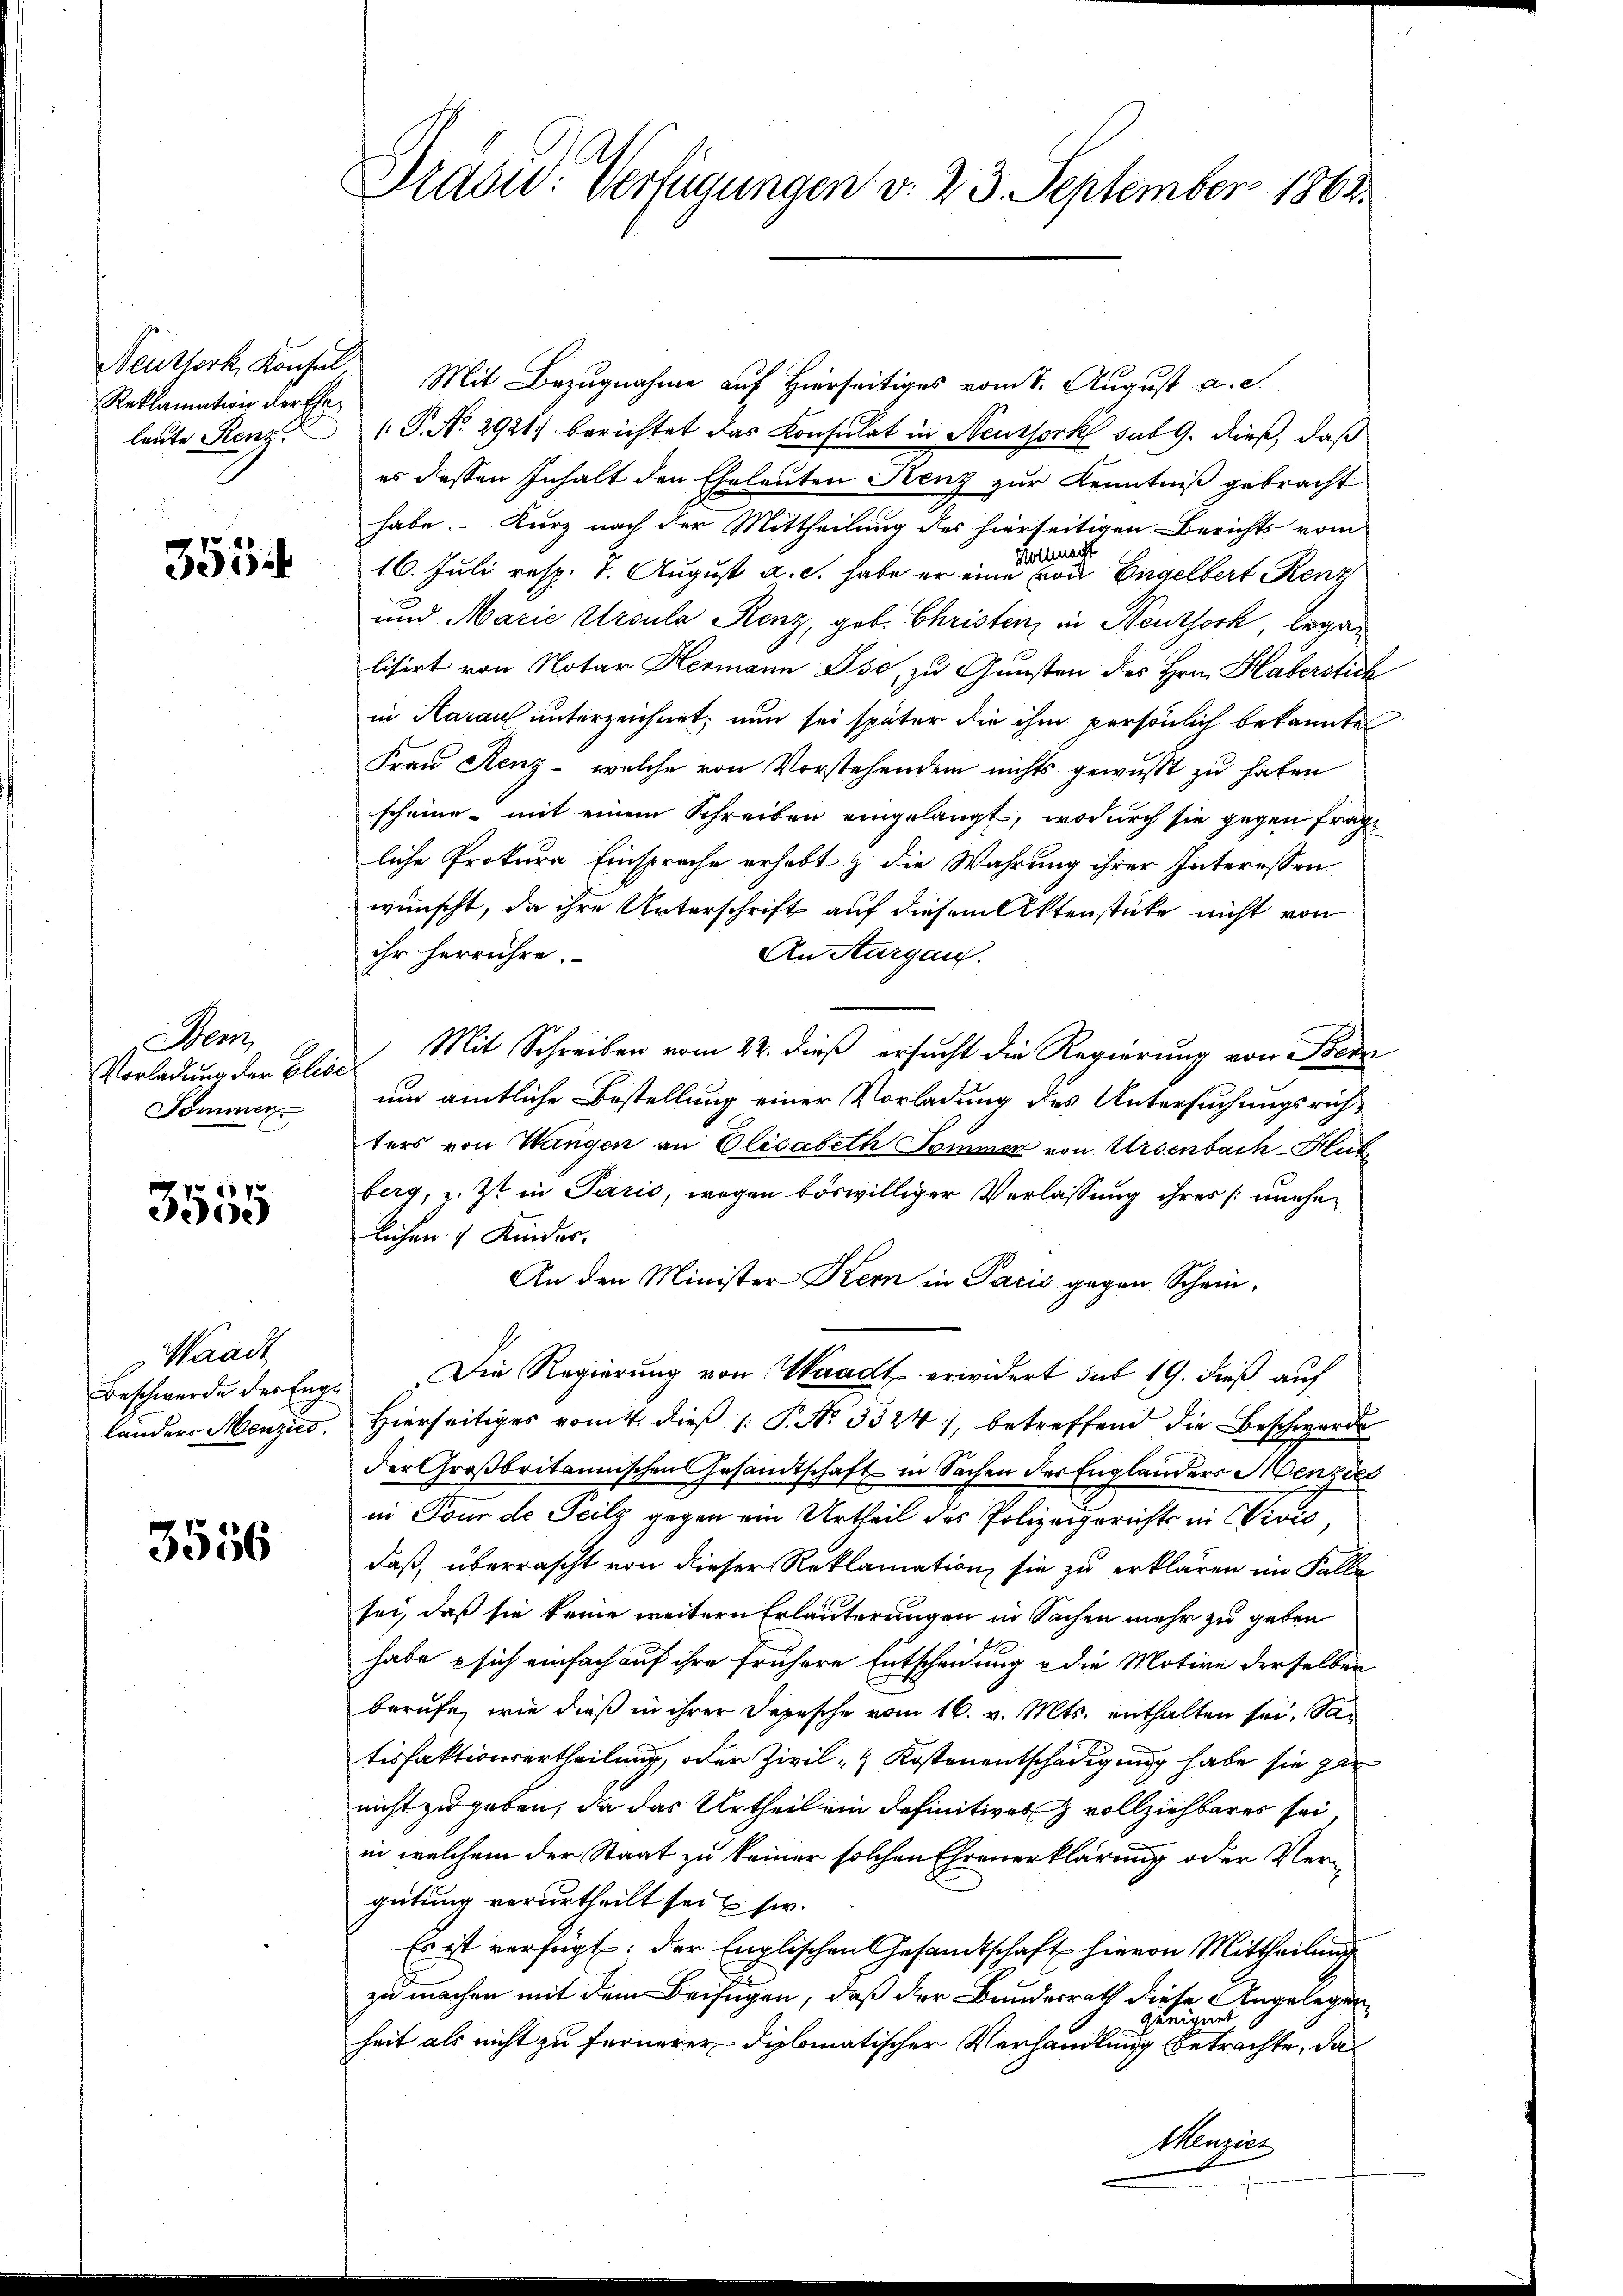
Reklamation der Eheleute Renz.

3554

Hen
Vorladung der Elise
Sommen

3555

Waadt

3556

Präsid. Verfügungen v. 23. September 1862.

Neuthork, Konsul, Mit Bezugnahme auf Hierseitiges vom 1. August a. c.
( P. No 2921) berichtet das Konsulat in Neussork sub 9. dieß, daß
es dessen Inhalt den Eheleuten Grenz zur Kenntniß gebracht
habe. – Kurz nach der Mittheilung des hierseitigen Berichts vom
act
Wollen
16. Juli resp. 1. August a. c. habe er eine Ewa Engelbert Renz
und Marie Ursula Renz, geb. Christenz in Neuthork, began
lisirt von Notar Hermann Pse, zu Gunsten des Hrn. Haberstich
in Harauf unterzeichnet; nun sei später die ihm persönlich bekannte
Frau Renz - welche von Vorstehendem nichts gewußt zu haben
scheine mit einem Schreiben eingelangt, wodurch sie gegen fragliche Prokura Einsprache erhebt & die Wahrung ihrer Interessen
wünscht, da ihre Unterschrift auf diesem Aktenstücke nicht von
ihr herrühre.
An Aargau.
Mit Schreiben vom 22. dieß ersucht die Regierung von Bern
um amtliche Bestellung einer Vorladung des Untersuchungsrichters von Wangen an Elisabeth Sommer von Ursenbach-Huk
berg, z. Zt. in Paris, wegen böswilliger Verlassung ihres unehelichen 4 Kinder.
An den Minister Kern in Paris gegen Schein¬
Beschwerde der Enge Die Regierung von Waadt erwidert sub 19. dieß auf
länders Menzico. Hierseitiges vom 4. dieβ (: P. Nr. 3324), betreffend die Beschwerde
der Großbritannischen Gesandtschaft in Sachen der Englanders Henzie
in Tour de Teilz gegen ein Urtheil des Polizeigerichts in Vicis
daß, überrascht von dieser Reklamation, sie zu erklären im Falle
sei, daß sie keine weitern Erläuterungen in Sachen mehr zu geben
habe sich einfach auf ihre frühere Entscheidung & die Motive derselben
berufe, wie dieß in ihrer Depesche vom 16. v. Mts. enthalten sei, Satisfaktionsertheilung, oder Zivil - Kostenentschädigung habe sie ger
nicht zu geben, da das Urtheil ein definitiver vollziehbares sei
in welchem der Staat zu keiner solchen Ehrenerklärung oder Vergütung verurtheilt seit sie.
Es ist verfügt: der Englischen Gesandtschaft hievon Mittheilung
zu machen mit dem Beifügen, daß der Bundesrath diese Angelegen
geeignet
heit als nicht zu fernerer diplomatischer Vorhandlung betrachte, da¬
Menzies